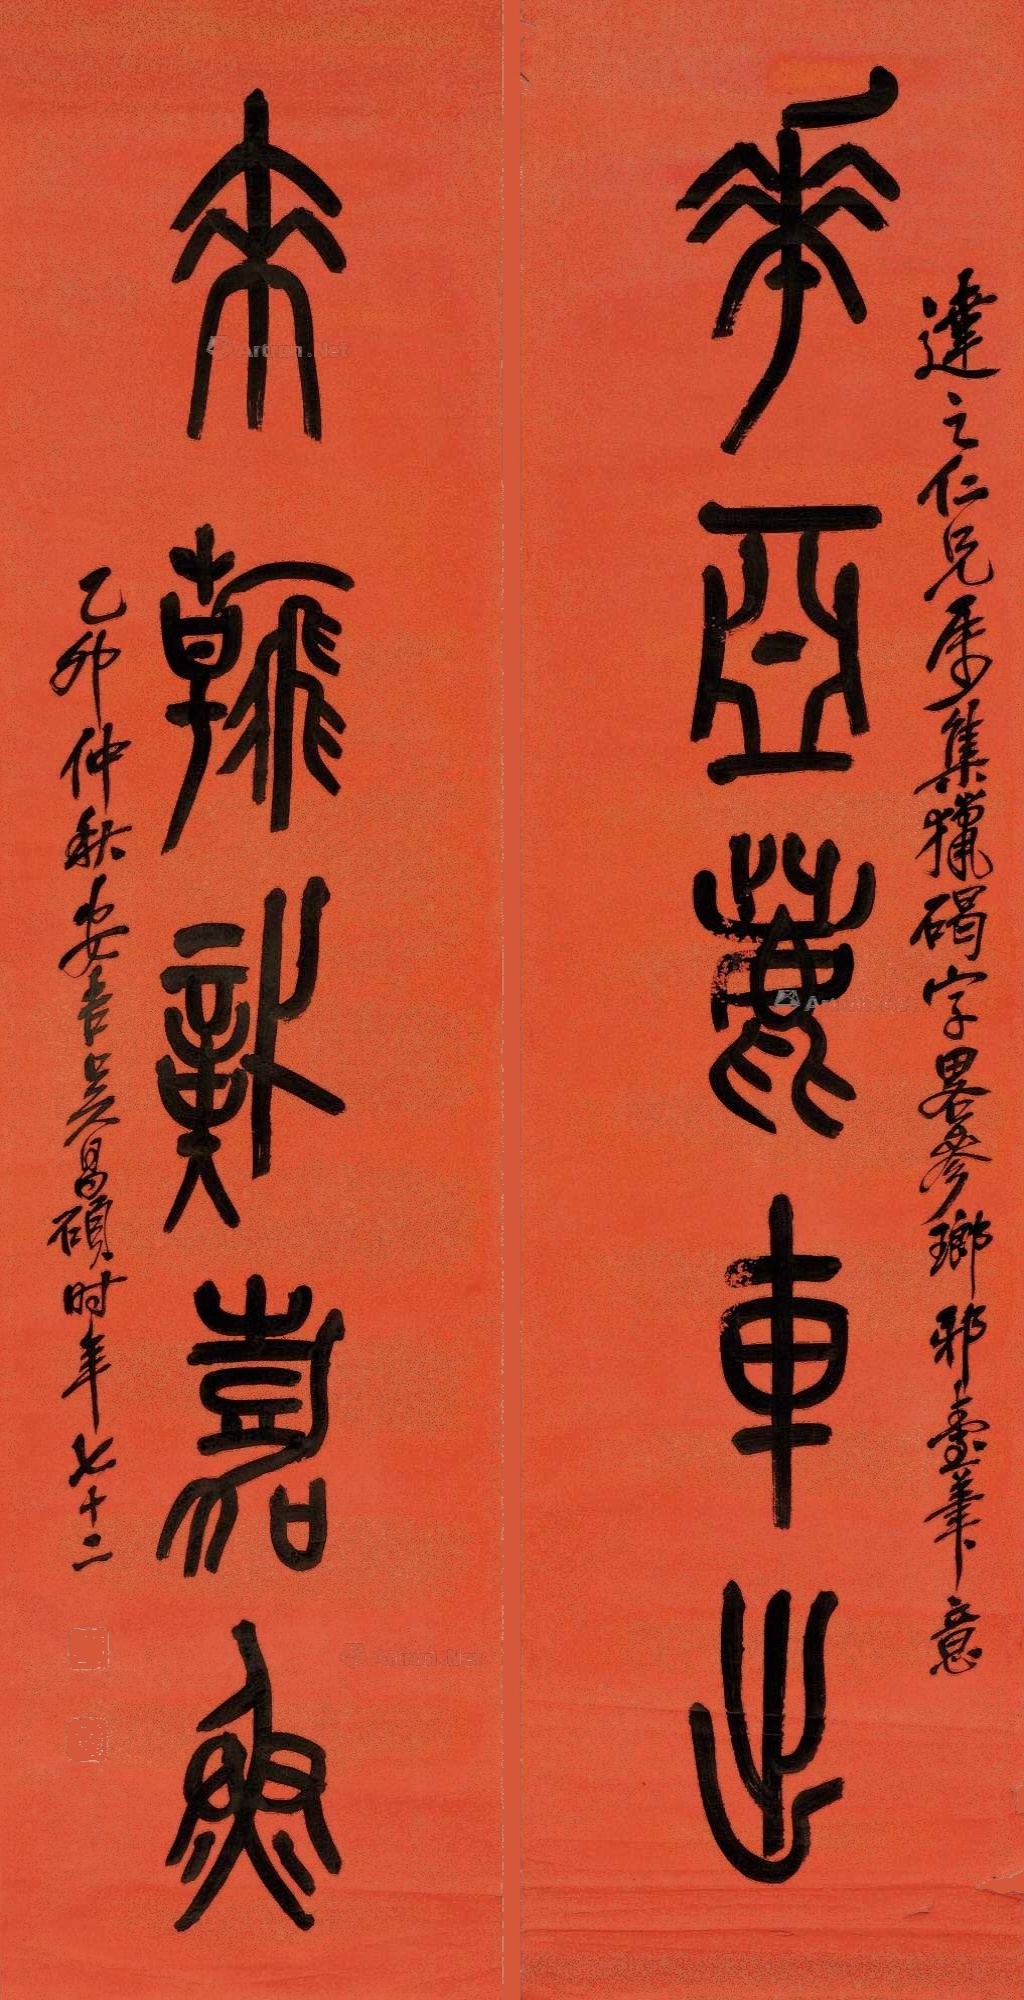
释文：华亚鹿车出，来翰识嘉鱼。达之仁兄属集猎碣字，略参琅琊台笔意，乙卯仲秋，安吉吴昌硕时年七十二。